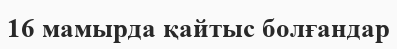
16 мамырда қайтыс болғандар